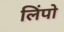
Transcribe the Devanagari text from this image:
लिंपो